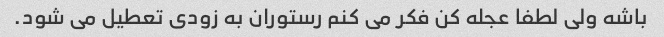
باشه ولی لطفا عجله کن فکر می کنم رستوران به زودی تعطیل می شود.